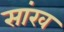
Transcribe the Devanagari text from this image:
सांख